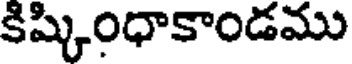
కిష్కింధాకాండము